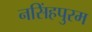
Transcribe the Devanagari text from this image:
नसिंहपुरम